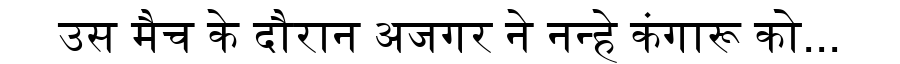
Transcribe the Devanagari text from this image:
उस मैच के दौरान अजगर ने नन्हे कंगारू को...